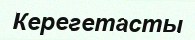
Керегетасты